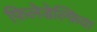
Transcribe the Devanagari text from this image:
फ़िलेडेल्फ़िया